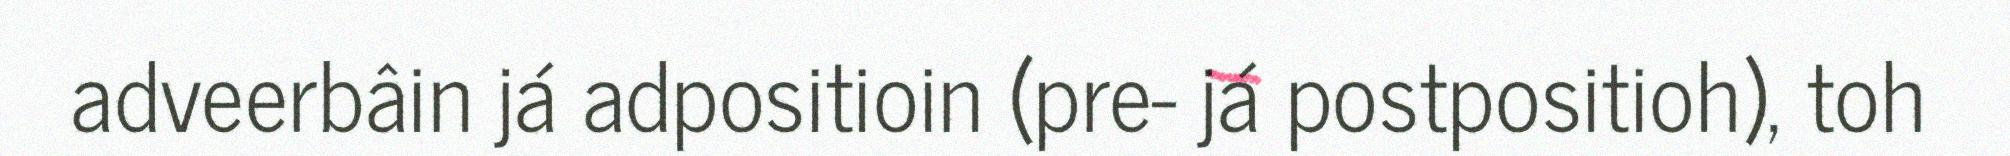
adveerbâin já adpositioin (pre- já postpositioh), toh